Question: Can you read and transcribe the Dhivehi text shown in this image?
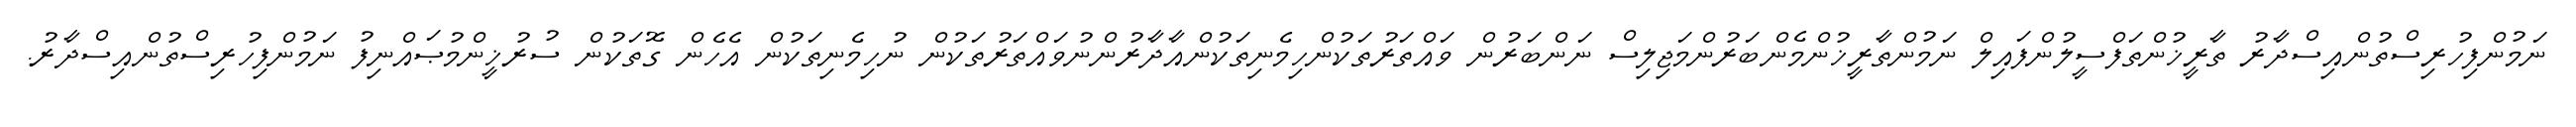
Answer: ނަމުންފިހުރިސްތުންއިސްދާރު ތާރީޚުންތަފްސީލުންފައިލް ނަމުންތާރީޚުންމެންބަރުންމަޖިލިސް ނަންބަރުން ވައްތަރުތަކުންހިމެނިތަކުންއާދާރުންނުވައްތަރުތަކުން ނުހިމެނިތަކުން އެހެން ގޮތަކުން ސުރުޚީންމުޞައްނިފު ނަމުންފިހުރިސްތުންއިސްދާރު.